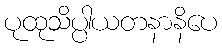
ပုထုသိပ္ပါယတနာနိပေ